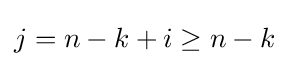
j=n-k+i\geq n-k